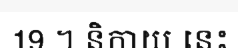
19 ។ និកាយ នេះ